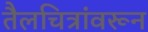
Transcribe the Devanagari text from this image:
तैलचित्रांवरून